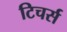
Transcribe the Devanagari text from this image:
टिचर्स